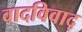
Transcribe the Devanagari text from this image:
वादविवाद्